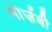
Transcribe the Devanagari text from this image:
मोर्ज़बी